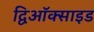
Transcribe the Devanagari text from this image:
द्विऑक्साइड